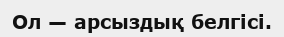
Ол — арсыздық белгісі.